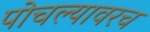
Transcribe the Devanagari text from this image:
पोचल्यावरच